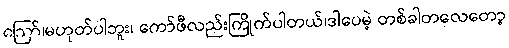
ဪ၊မဟုတ်ပါဘူး၊ ကော်ဖီလည်းကြိုက်ပါတယ်၊ဒါပေမဲ့ တစ်ခါတလေတော့